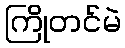
ကြိုတင်မဲ